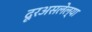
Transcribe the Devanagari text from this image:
दूरअसलेल्या